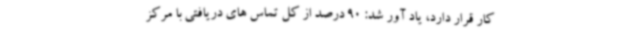
کار قرار دارد، یاد آور شد: 90 درصد از کل تماس های دریافتی با مرکز